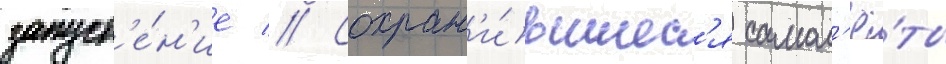
запуст'е́н'ие // Сохран'и́вшиес'я самол'ё́ты